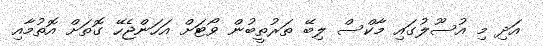
އަދި މި އުސޫލުގައި މާކްސް ލިބޭ ތަރުތީބުން ވޯޓަށް އަހަންޖެހޭ ގޮތަށް އޮތުމާއި